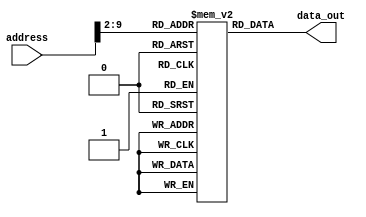
module instruction_memory(address, data_out);

parameter words = 256;    // default number of words
parameter logwords = 9;   // default max address bit (log2(words)+1)
parameter size = 32;      // default number of bits per instruction word
parameter addr_size = 64; // default address size
input  [addr_size-1:0] address;
output [size-1:0] data_out;
reg    [size-1:0] memory [0:words];
wire   [size-1:0] data_out;


assign data_out = memory[address[logwords:2]];

endmodule